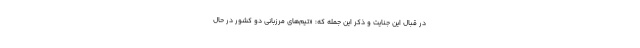
در قبال اين جنايت و ذكر اين جمله كه: «تيم‌هاي مرزباني دو كشور در حال